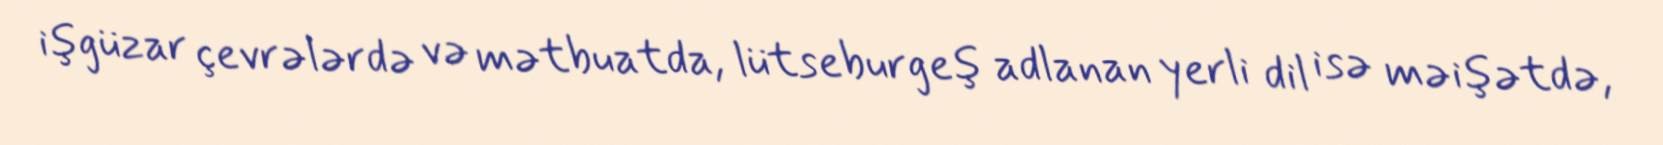
işgüzar çevrələrdə və mətbuatda, lütseburgeş adlanan yerli dil isə məişətdə,